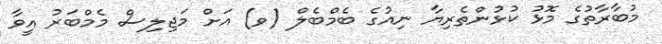
މުބާރާތުގެ މޮޅު ކުޅުންތެރިޔާ ނިއުގެ ބެމްބެލް (ވ) އަށް މަޖިލިސް މެމްބަރު އީވާ